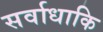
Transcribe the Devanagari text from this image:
सर्वाधाकि